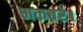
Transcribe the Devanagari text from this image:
मकबरे।